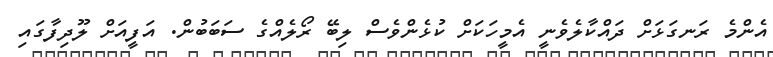
އެންމެ ރަނގަޅަށް ދައްކާލެވެނީ އެމީހަކަށް ކުޅެންވެސް ލިބޭ ރޯލެއްގެ ސަބަބުން. އަފީއަށް ލޫދިފާގައި